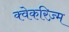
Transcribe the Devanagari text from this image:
क्वेकरिज़्म